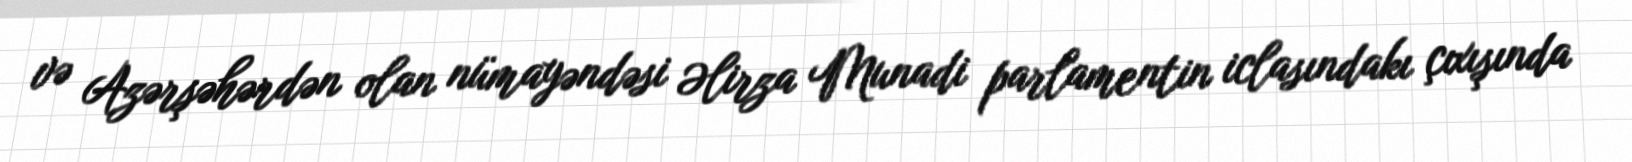
və Azərşəhərdən olan nümayəndəsi Əlirza Munadi parlamentin iclasındakı çıxışında